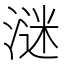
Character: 㴹